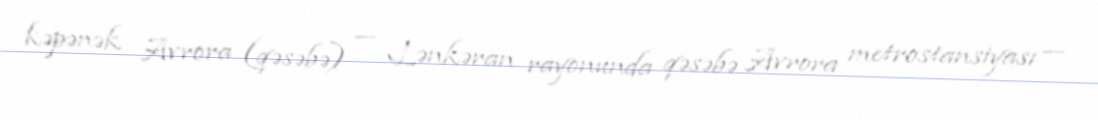
kəpənək Avrora (qəsəbə) — Lənkəran rayonunda qəsəbə Avrora metrostansiyası —